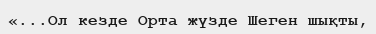
«...Ол кезде Орта жүзде Шеген шықты,